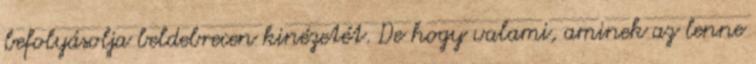
befolyásolja beldebrecen kinézetét. De hogy valami, aminek az lenne